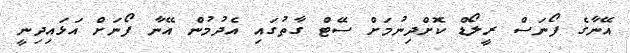
އޭނާގެ ފޯނަސް ރީލޯޑް ކޮށްދިނުމަށް ސޭޓް ގާތުގައި އެދުމުން އޭނާ ފޯނަށް އަޅައިދިނީ